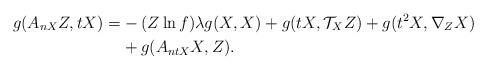
LaTeX: \begin{align*}g(A_{nX}Z, tX)=&-(Z\ln f)\lambda g(X,X)+g(tX,\mathcal{T}_{X}Z)+g(t^{2}X, \nabla_{Z}X)\\ &+g(A_{ntX}X, Z).\end{align*}